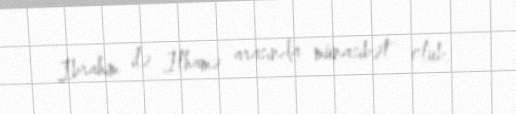
İbrahim ilə İlhamə arasında münasibət olub.